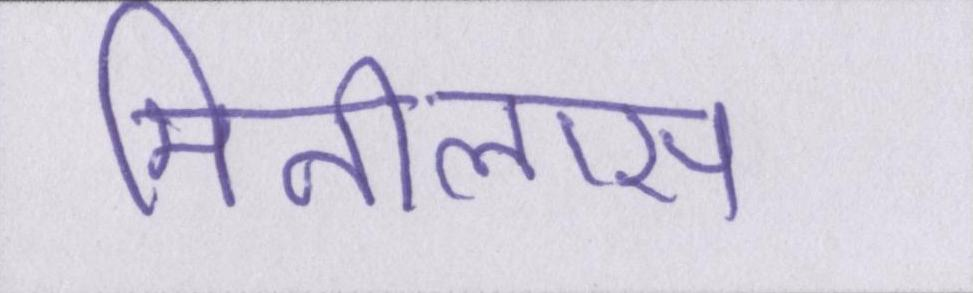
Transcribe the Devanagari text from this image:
मिनीलास